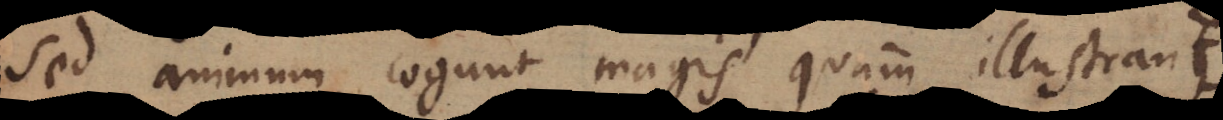
sed animum cogunt magis quam illustrant